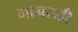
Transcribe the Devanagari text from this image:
मानसही